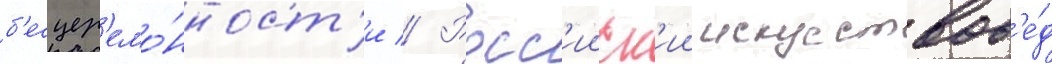
б'есцер'емо́нност'и // Росс'ииск'ии искусствов'е́д